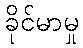
ခိုင်မာမှု